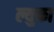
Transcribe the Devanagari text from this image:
ल्युका